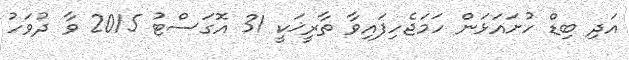
އަދި ބިޑް ހުށައަޅަން ހަމަޖެހިފައިވާ ތާރީޚަކީ 31 އޮގަސްޓު 2015 ވާ ދުވަހު